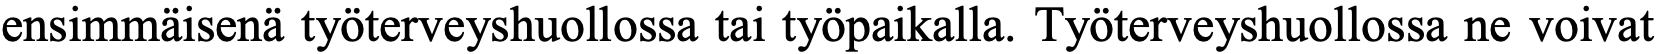
ensimmäisenä työterveyshuollossa tai työpaikalla. Työterveyshuollossa ne voivat